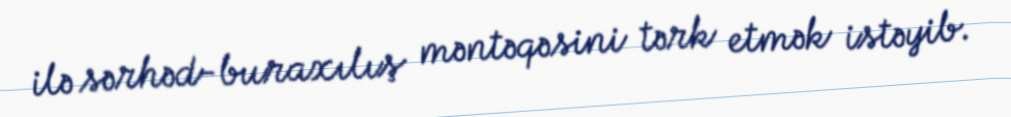
ilə sərhəd-buraxılış məntəqəsini tərk etmək istəyib.